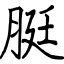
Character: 脡